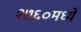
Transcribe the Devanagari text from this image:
१७६०मध्ये